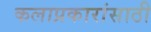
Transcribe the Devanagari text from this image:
कलाप्रकारांसाठी